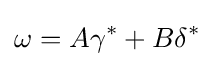
\omega =A\gamma ^{*}+B\delta ^{*}